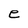
Character: e